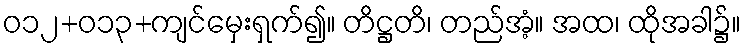
ဝ၁၂+၀၁၃+ကျင်မှေးရှက်၍။ တိဋ္ဌတိ၊ တည်အံ့။ အထ၊ ထိုအခါ၌။